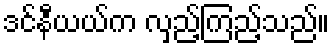
ဒင်နီယယ်က လှည့်ကြည့်သည်။